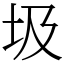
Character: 圾